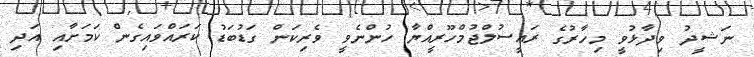
ނަޝީދު ވިދާޅުވީ މިހާރުގެ ރައީސުލްޖުމްހޫރީއްޔާ ހުންނެވީ ވެރިކަން ގަޑުބަޑު ކަރައްވައިގެން ކަމަށާއި އަދި